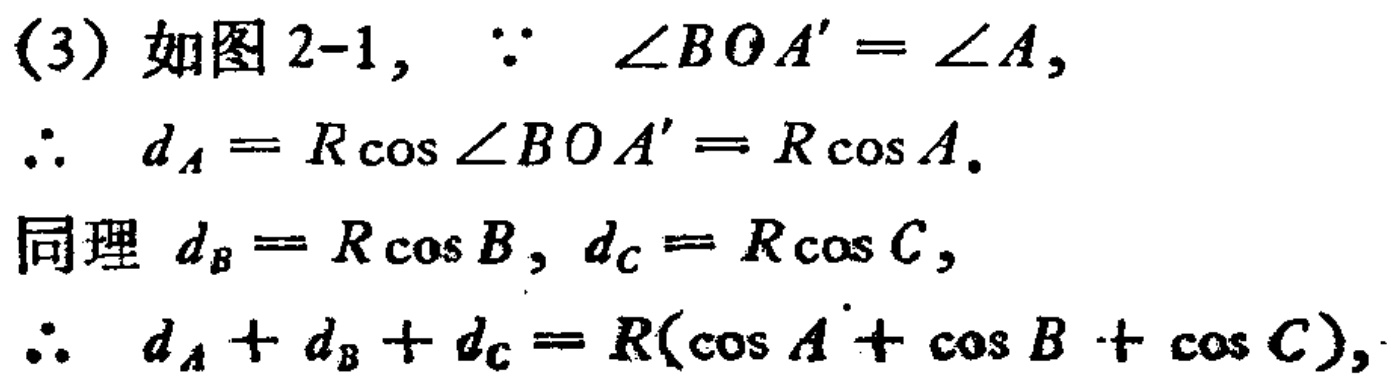
(3) 如图 2-1,

$\because \angle BOA'=\angle A,$

$\therefore d_{A}=R\cos\angle BOA' = R\cos A.$

同理 $d_{B}=R\cos B, d_{C}=R\cos C,$

$\therefore d_{A}+d_{B}+d_{C}=R(\cos A+\cos B+\cos C),$